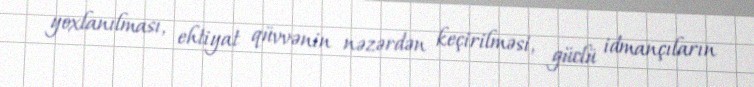
yoxlanılması, ehtiyat qüvvənin nəzərdən keçirilməsi, güclü idmançıların